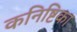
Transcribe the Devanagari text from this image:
कनिष्टिका